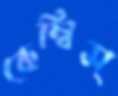
কেম্‌বিস্‌